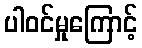
ပါဝင်မှုကြောင့်